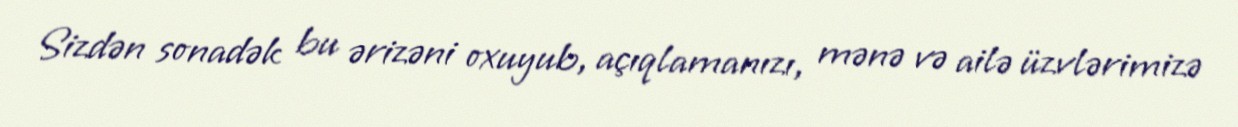
Sizdən sonadək bu ərizəni oxuyub, açıqlamanızı, mənə və ailə üzvlərimizə